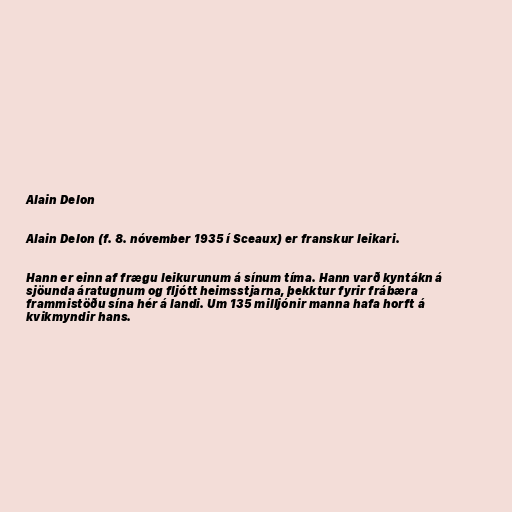
Alain Delon

Alain Delon (f. 8. nóvember 1935 í Sceaux) er franskur leikari.

Hann er einn af frægu leikurunum á sínum tíma. Hann varð kyntákn á
sjöunda áratugnum og fljótt heimsstjarna, þekktur fyrir frábæra
frammistöðu sína hér á landi. Um 135 milljónir manna hafa horft á
kvikmyndir hans.